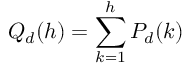
Q _ { d } ( h ) = \sum _ { k = 1 } ^ { h } P _ { d } ( k )